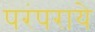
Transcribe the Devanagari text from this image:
परंपराये